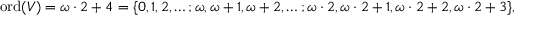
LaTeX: \operatorname { o r d } ( V ) = \omega \cdot 2 + 4 = \{ 0 , 1 , 2 , \ldots ; \omega , \omega + 1 , \omega + 2 , \ldots ; \omega \cdot 2 , \omega \cdot 2 + 1 , \omega \cdot 2 + 2 , \omega \cdot 2 + 3 \} ,